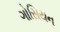
ગોસિયન